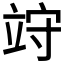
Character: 𥩽